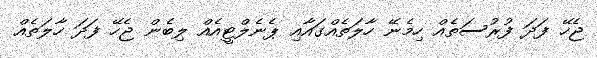
ޖެހޭ ފަދަ ފުރުސަތެއް ހިމެނޭ ހާލަތެއްގައާއި ޕެނެލްޓީއެއް ލިބެން ޖެހޭ ފަދަ ހާލަތެއް